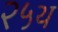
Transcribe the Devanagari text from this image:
२५थ